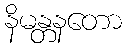
နိမန္တနတော